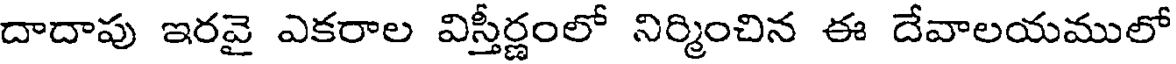
దాదాపు ఇరవై ఎకరాల విస్తీర్ణంలో నిర్మించిన ఈ దేవాలయములో